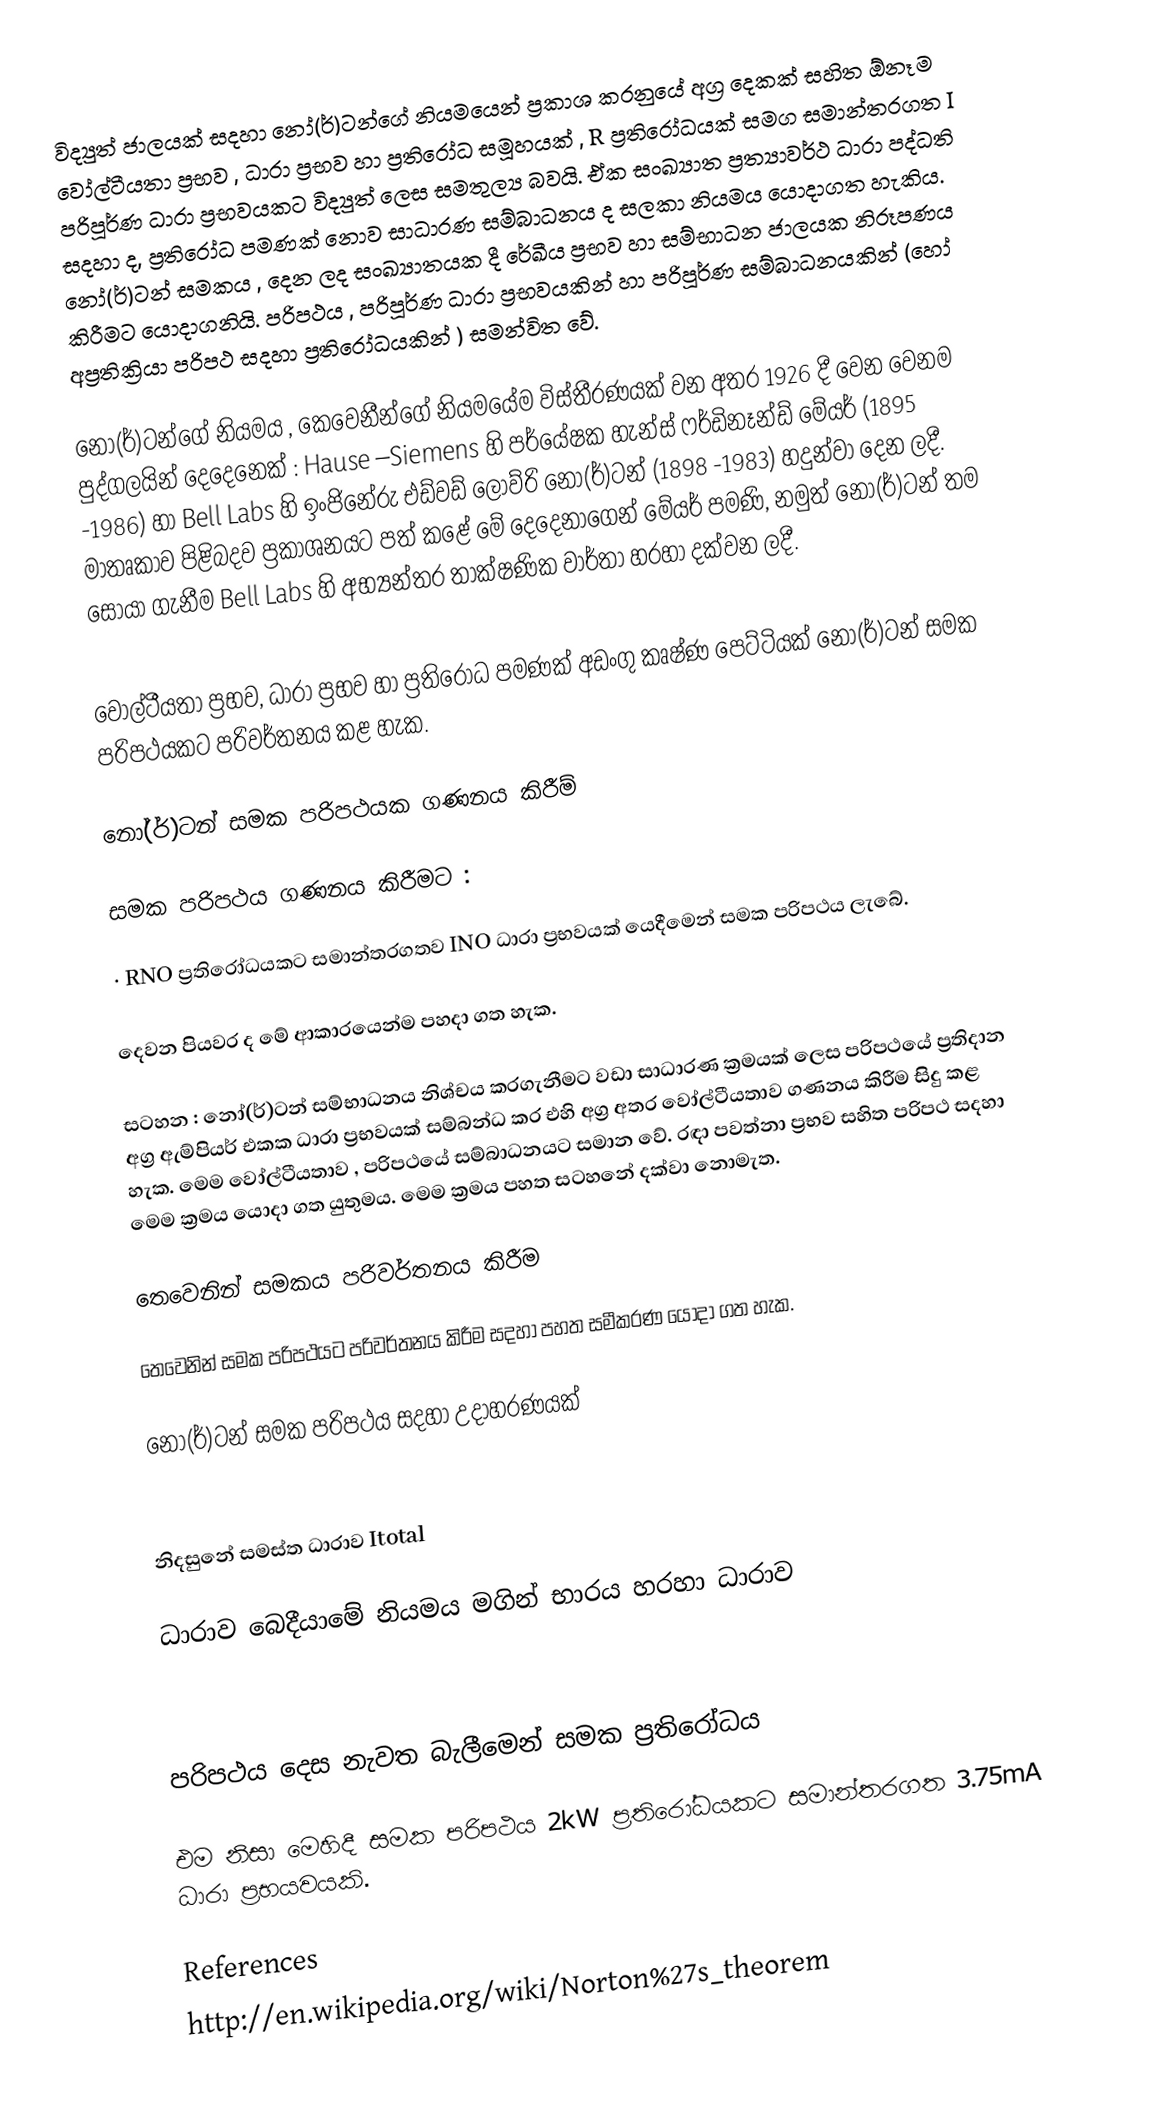
විද්‍යුත් ජාලයක් සදහා නෝ(ර්)ටන්ගේ නියමයෙන් ප්‍රකාශ කරනුයේ අග්‍ර දෙකක් සහිත ඕනෑම වෝල්ටීයතා ප්‍රභව , ධාරා ප්‍රභව හා  ප්‍රතිරෝධ සමූහයක් , R  ප්‍රතිරෝධයක් සමග සමාන්තරගත I පරිපූර්ණ ධාරා ප්‍රභවයකට විද්‍යුත් ලෙස සමතුල්‍ය බවයි. ඒක සංඛ්‍යාත ප්‍රත්‍යාවර්ථ ධාරා පද්ධති සදහා ද, ප්‍රතිරෝධ පමණක් නොව සාධාරණ සම්බාධනය ද සලකා නියමය යොදාගත හැකිය. නෝ(ර්)ටන් සමකය , දෙන ලද සංඛ්‍යාතයක දී රේඛීය ප්‍රභව හා සම්භාධන ජාලයක නිරූපණය කිරීමට යොදාගනියි. පරිපථය , පරිපූර්ණ ධාරා ප්‍රභවයකින් හා පරිපූර්ණ සම්බාධනයකින් (හෝ අප්‍රතික්‍රියා පරිපථ සදහා ප්‍රතිරෝධයකින් )  සමන්විත වේ.

නෝ(ර්)ටන්ගේ නියමය , කෙවෙනීන්ගේ නියමයේම විස්තීරණයක් වන අතර 1926 දී වෙන වෙනම පුද්ගලයින් දෙදෙනෙක් : Hause –Siemens  හි පර්යේෂක හැන්ස් ෆර්ඩිනෑන්ඩ් මේයර් (1895 -1986)  හා Bell Labs හි ඉංජිනේරු එඩ්වඩ් ලොව්රි නෝ(ර්)ටන් (1898 -1983)  හදුන්වා දෙන ලදී. මාතෘකාව පිළිබදව ප්‍රකාශනයට පත් කළේ මේ දෙදෙනාගෙන් මේයර් පමණි, නමුත් නෝ(ර්)ටන් තම සොයා ගැනීම Bell Labs හි අභ්‍යන්තර තාක්ෂණික වාර්තා හරහා දක්වන ලදී.

වොල්ටීයතා ප්‍රභව, ධාරා ප්‍රභව හා ප්‍රතිරෝධ පමණක් අඩංගු කෘෂ්ණ පෙට්ටියක් නෝ(ර්)ටන් සමක පරිපථයකට පරිවර්තනය කළ හැක.

නෝ(ර්)ටන් සමක පරිපථයක ගණනය කිරීම්

සමක පරිපථය ගණනය කිරීමට :

·	RNO  ප්‍රතිරෝධයකට සමාන්තරගතව INO ධාරා ප්‍රභවයක් යෙදීමෙන් සමක පරිපථය ලැබේ.

දෙවන පියවර ද මේ ආකාරයෙන්ම පහදා ගත හැක.

සටහන	:	නෝ(ර්)ටන් සම්භාධනය නිශ්චය කරගැනීමට වඩා සාධාරණ ක්‍රමයක් ලෙස පරිපථයේ ප්‍රතිදාන අග්‍ර ඇම්පියර් එකක ධාරා ප්‍රභවයක් සම්බන්ධ කර එහි අග්‍ර අතර වෝල්ටීයතාව ගණනය කිරීම සිදු කළ හැක. මෙම වෝල්ටීයතාව , පරිපථයේ සම්බාධනයට සමාන වේ.  රඳා පවත්නා ප්‍රභව සහිත පරිපථ සදහා මෙම ක්‍රමය යොදා ගත යුතුමය. මෙම ක්‍රමය පහත සටහනේ දක්වා නොමැත.

තෙවෙනින් සමකය පරිවර්තනය කිරීම

තෙවෙනින් සමක පරිපථයට පරිවර්තනය කිරීම සදහා පහත සමීකරණ යොදා ගත හැක.

නෝ(ර්)ටන් සමක පරිපථය සදහා උදාහරණයක්

නිදසුනේ සමස්ත ධාරාව  Itotal

ධාරාව බෙදීයාමේ නියමය මගින් භාරය හරහා ධාරාව

පරිපථය දෙස නැවත බැලීමෙන් සමක ප්‍රතිරෝධය

එම නිසා මෙහිදී සමක පරිපථය 2kW ප්‍රතිරෝධයකට සමාන්තරගත 3.75mA ධාරා ප්‍රභයවයකි.

References
http://en.wikipedia.org/wiki/Norton%27s_theorem